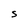
Character: s